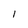
Character: 1